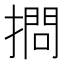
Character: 𢴌